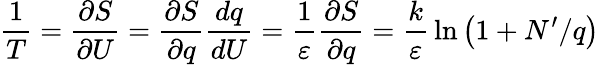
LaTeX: {\frac{1}{T}}={\frac{\partial S}{\partial U}}={\frac{\partial S}{\partial q}}{\frac{dq}{dU}}={\frac{1}{\varepsilon}}{\frac{\partial S}{\partial q}}={\frac{k}{\varepsilon}}\ln\left(1+N^{\prime}/q\right)